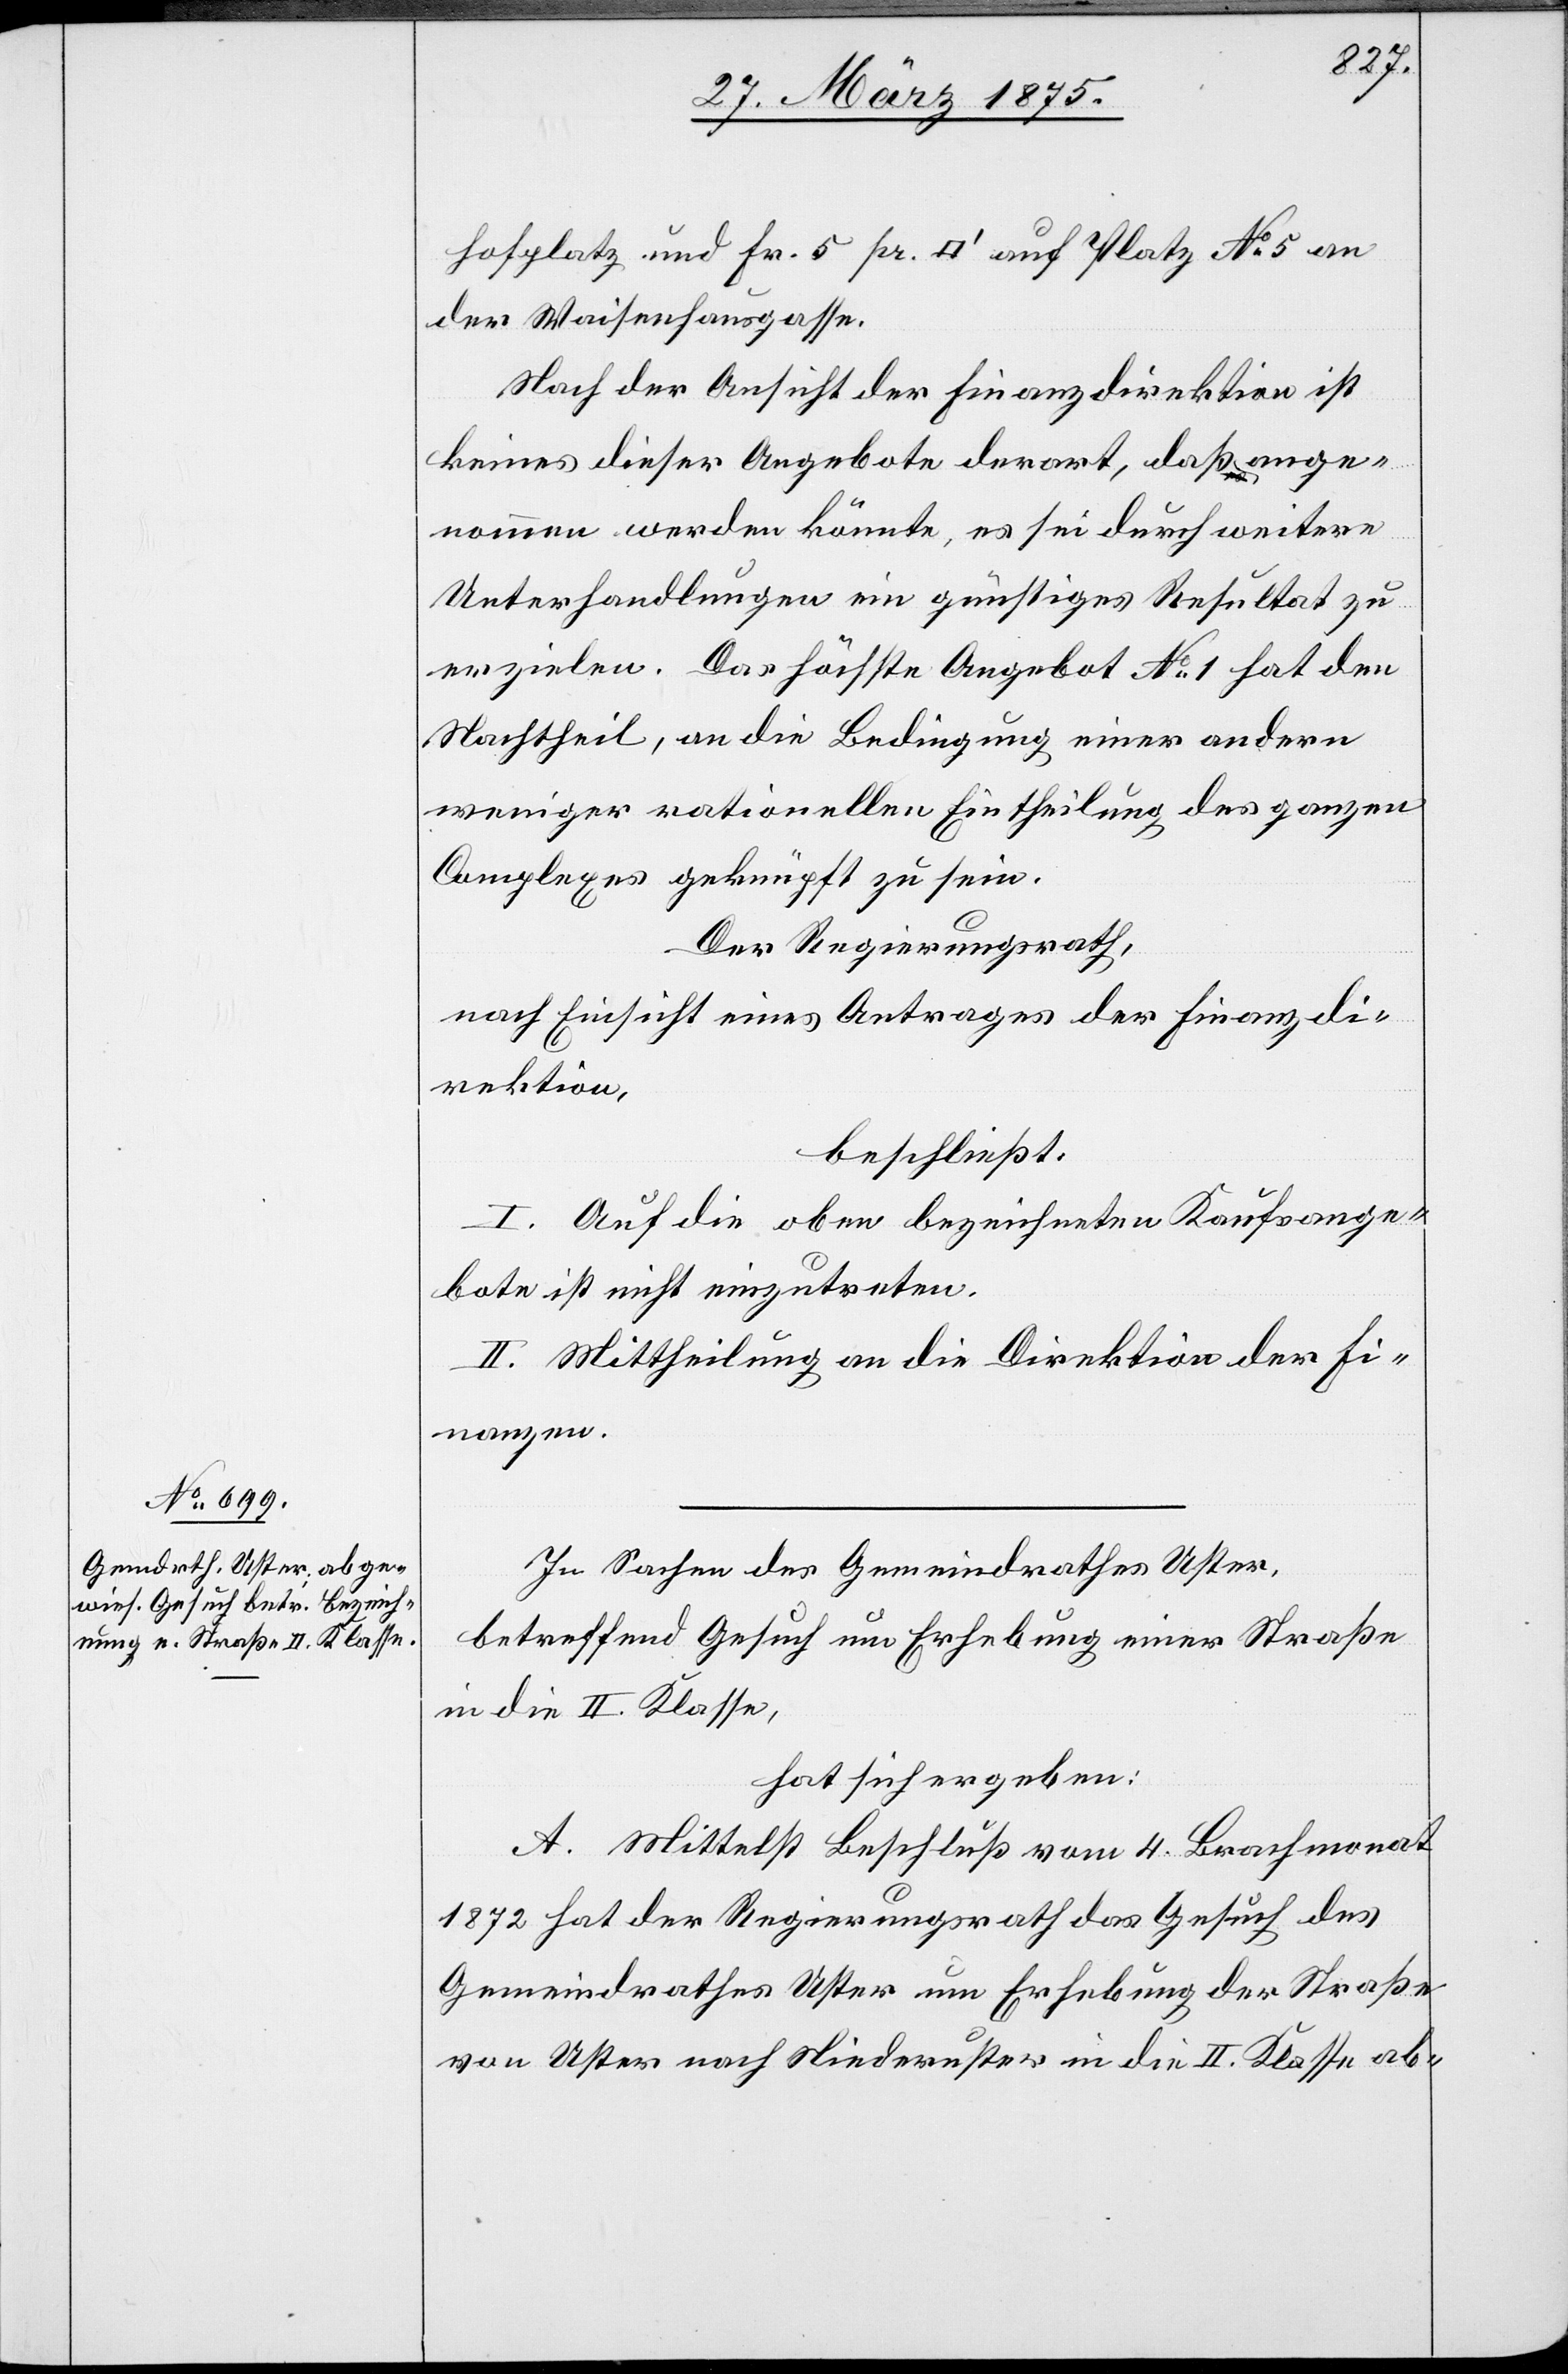
hofplatz und Fr. 5 pr. [Quadratfuß] auf Platz No 5 an
der Waisenhausgasse.
Nach der Ansicht der Finanzdirektion ist
keines dieser Angebote derart, daß ange¬
nommen werden könnte, es sei durch weitere
Unterhandlungen ein günstiges Resultat zu
erzielen. Das höchste Angebot No 1 hat den
Nachtheil, an die Bedingung einer andern
weniger rationellen Eintheilung des ganzen
Complexes geknüpft zu sein.
Der Regierungsrath,
nach Einsicht eines Antrages der Finanzdi¬
rektion,
beschließt:
I. Auf die oben bezeichneten Kaufsange¬
bote ist nicht einzutreten.
II. Mittheilung an die Direktion der Fi¬
nanzen.
In Sachen des Gemeindrathes Uster,
betreffend Gesuch um Erhebung einer Straße
in die II. Klasse,
hat sich ergeben:
A. Mittelst Beschluß vom 4. Brachmonat
1872 hat der Regierungsrath das Gesuch des
Gemeindrathes Uster um Erhebung der Straße
von Uster nach Niederuster in die II. Klasse ab-